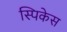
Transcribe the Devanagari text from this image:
स्पिकेस